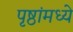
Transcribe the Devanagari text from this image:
पृष्ठांमध्ये